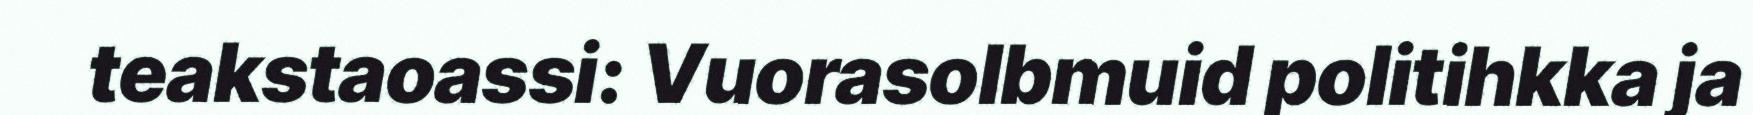
teakstaoassi: Vuorasolbmuid politihkka ja